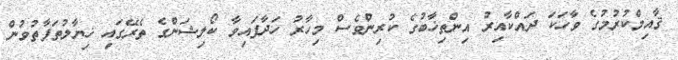
ޤާއިމްކުރުމުގެ ވާހަކަ ދައްކާއިރު އިންތިޚާބުގެ ކުރިންވެސް މިހާރު ހަދާފައިވާ ކޯލިޝަންގެ ތެރޭގައި ޚިޔާލުތަފާތުވުން